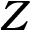
Z